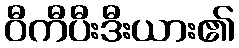
ဝီကီပီးဒီးယား၏